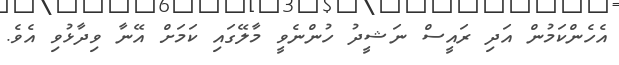
އެހެންކަމުން އަދި ރައީސް ނަޝީދު ހުންނެވީ މާލޭގައި ކަމަށް އޭނާ ވިދާޅުވި އެވެ.